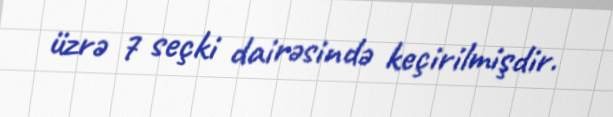
üzrə 7 seçki dairəsində keçirilmişdir.